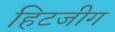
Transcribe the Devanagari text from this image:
हिटजीग